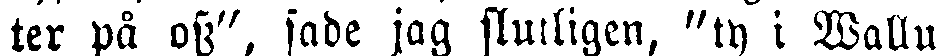
ter på oss", sade jag slutligen, "ty i Walluf